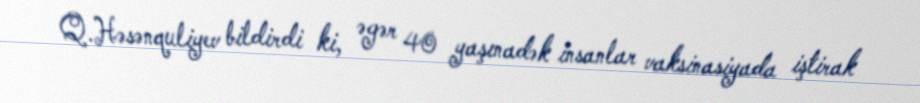
Q.Həsənquliyev bildirdi ki, əgər 40 yaşınadək insanlar vaksinasiyada iştirak